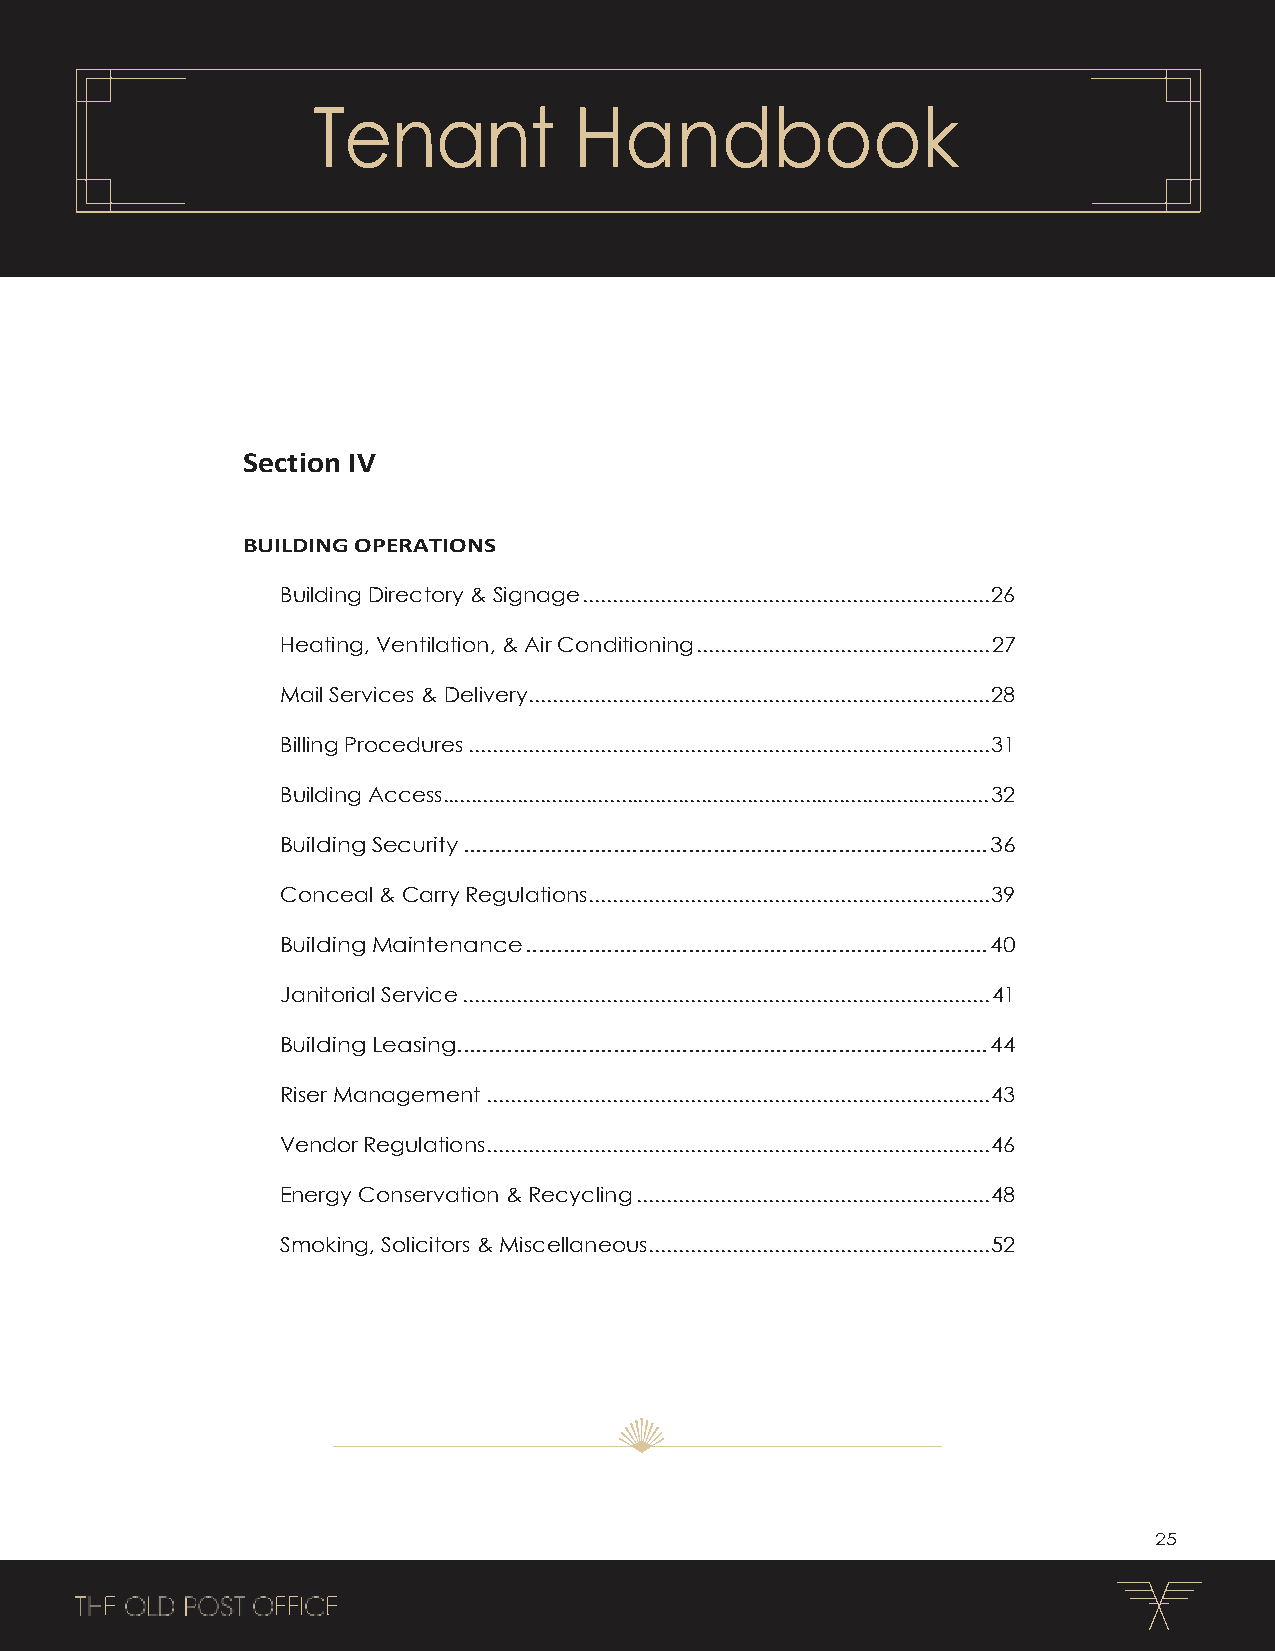
Tenant           Handbook
 Section IV
 BUILDING OPERATIONS
 Building Directory & Signage .................................................................... 26
 Heating, Ventilation, & Air Conditioning ................................................. 27
 Mail Services & Delivery ............................................................................. 28
 Billing Procedures ....................................................................................... 31
 Building Access ............................................................................................... 32
 Building Security .................................................................................... 36
 Conceal & Carry Regulations ................................................................... 39
 Building Maintenance .......................................................................... 40
 Janitorial Service ........................................................................................ 41
 Building Leasing ..................................................................................... 44
 Riser Management .................................................................................... 43
 Vendor Regulations .................................................................................... 46
 Energy Conservation & Recycling ........................................................... 48
 Smoking, Solicitors & Miscellaneous......................................................... 52
 25